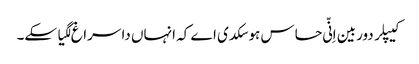
کیپلر دوربین اِنّی حساس ہوسکدی اے کہ انہاں دا سراغ لگیا سکے۔